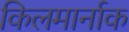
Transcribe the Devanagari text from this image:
किलमार्नाक